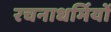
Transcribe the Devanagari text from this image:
रचनाधर्मियों